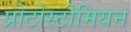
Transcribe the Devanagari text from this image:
प्रोटोस्टोमियन